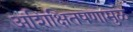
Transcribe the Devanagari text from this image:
अशिक्षितपणामुळे